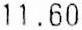
11.60